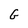
Character: G